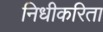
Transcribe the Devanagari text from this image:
निधीकरिता